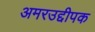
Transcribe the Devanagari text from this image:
अमरउद्दीपक